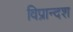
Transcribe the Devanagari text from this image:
विप्रान्दश